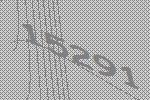
15291